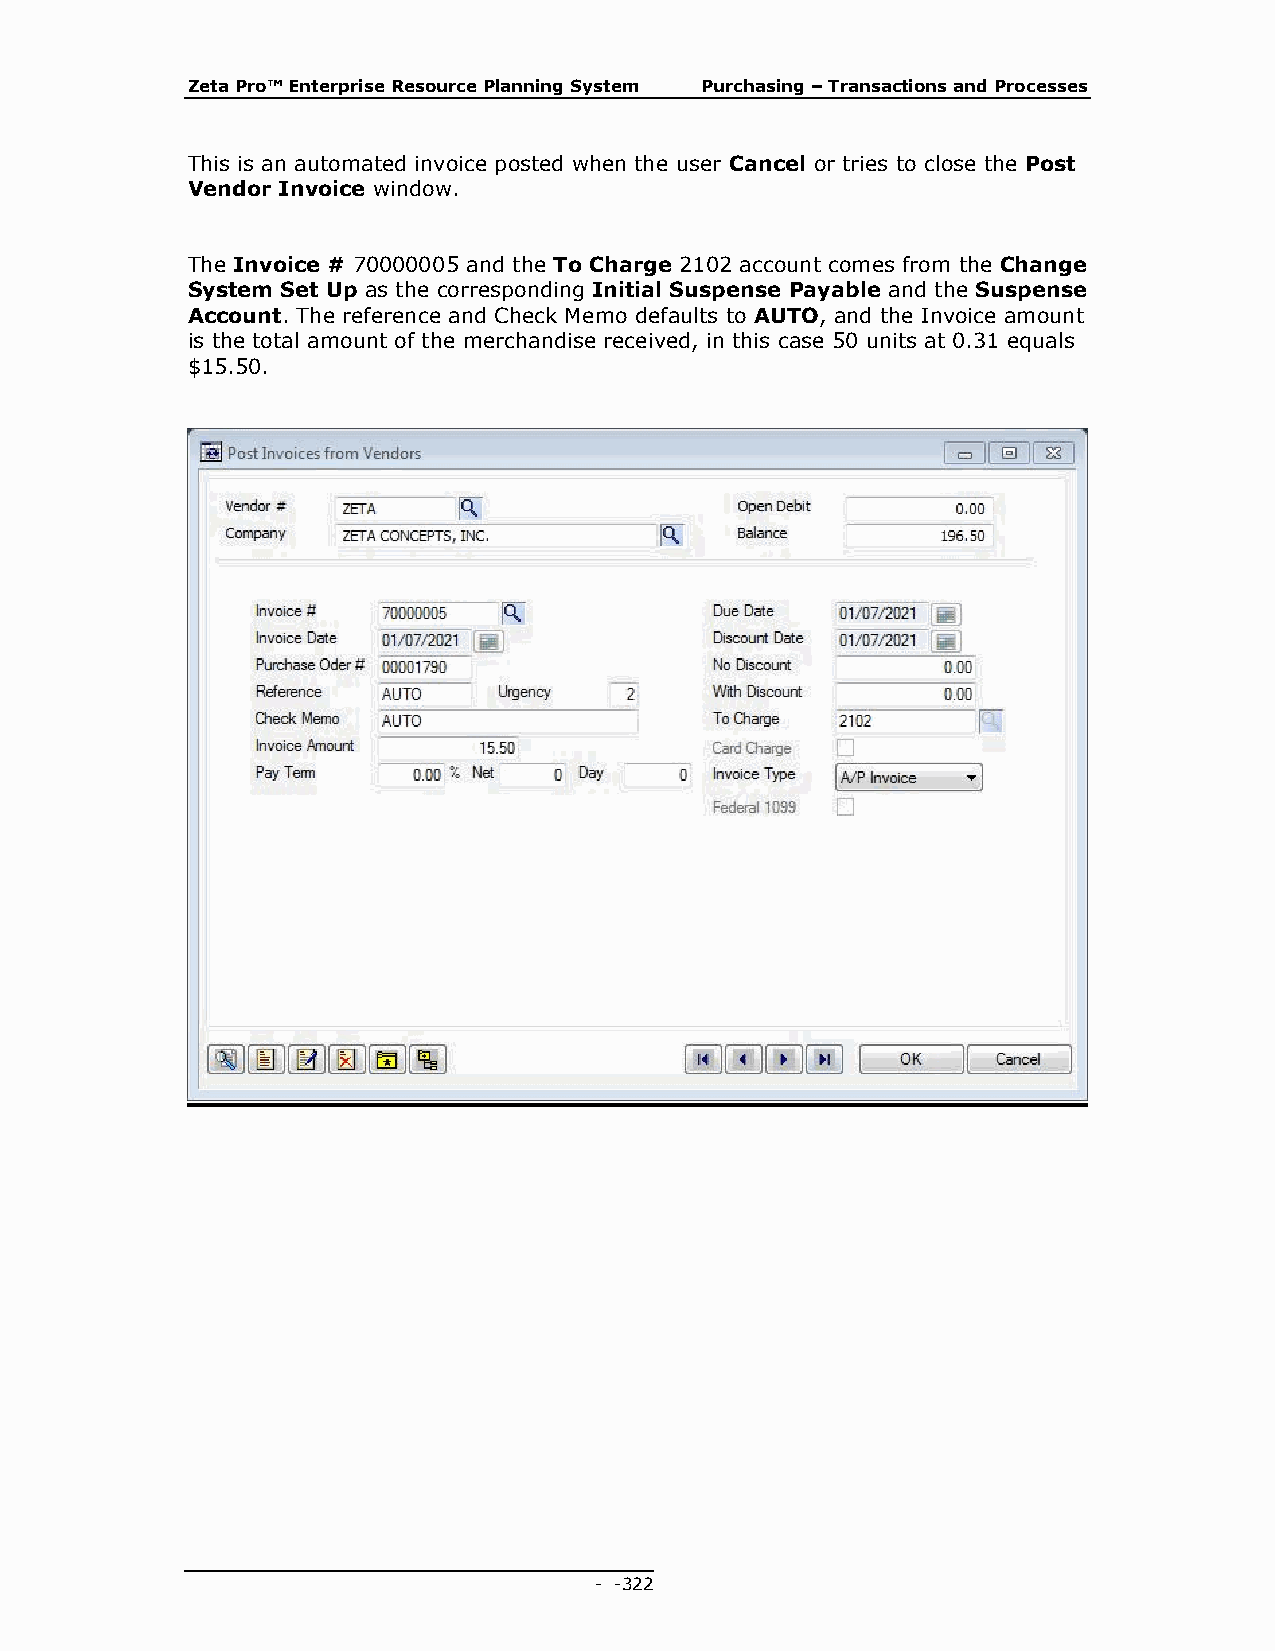
Zeta Pro™ Enterprise Resource Planning System Purchasing – Transactions and Processes
 This is an automated invoice posted when the user Cancel or tries to close the Post
 Vendor Invoice window.
 The Invoice # 70000005 and the To Charge 2102 account comes from the Change
 System Set Up as the corresponding Initial Suspense Payable and the Suspense
 Account. The reference and Check Memo defaults to AUTO, and the Invoice amount
 is the total amount of the merchandise received, in this case 50 units at 0.31 equals
 $15.50.
 - - 322